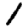
Digit: 1